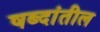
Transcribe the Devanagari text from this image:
षब्दांतील